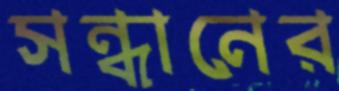
সন্ধানের